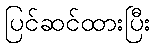
ပြင်ဆင်ထားပြီး